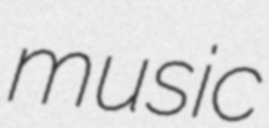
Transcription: music